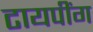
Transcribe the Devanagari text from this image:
टायपींग